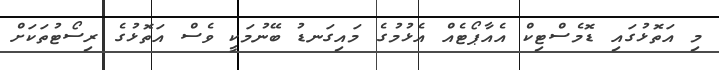
މި އަތޮޅުގައި ޑޮމެސްޓިކް އެއާޕޯޓެއް އެޅުމުގެ މައިގަނޑު ބޭނުމަކީ ވެސް އަތޮޅުގެ ރިސޯޓުތަކަށް